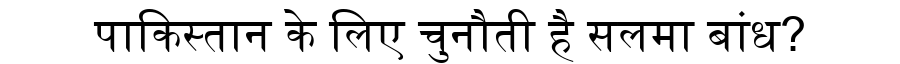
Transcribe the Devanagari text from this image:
पाकिस्तान के लिए चुनौती है सलमा बांध?